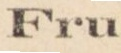
Fru